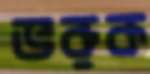
ভরুক